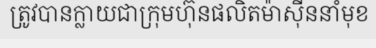
ត្រូវបានក្លាយជាក្រុមហ៊ុនផលិតម៉ាស៊ីននាំមុខ